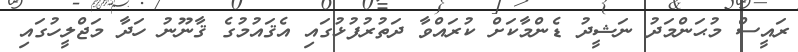
ރައީސް މުޙަންމަދު ނަޝީދު ޑެންމާކަށް ކުރައްވާ ދަތުރުފުޅުގައި އެޤައުމުގެ ޤާނޫނު ހަދާ މަޖްލީހުގައި